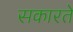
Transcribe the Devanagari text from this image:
सकारते